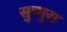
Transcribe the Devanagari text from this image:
सुन्गुरा